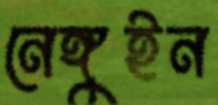
নেঙ্গুইন